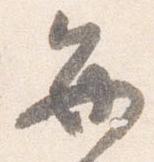
毎